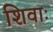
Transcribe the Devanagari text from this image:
शिवाः